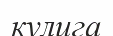
кулига